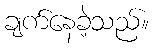
ချက်နေခဲ့သည်။